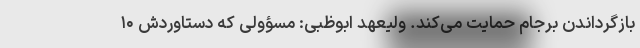
بازگرداندن برجام حمایت می‌کند. ولیعهد ابوظبی: مسؤولی که دستاوردش ۱۰